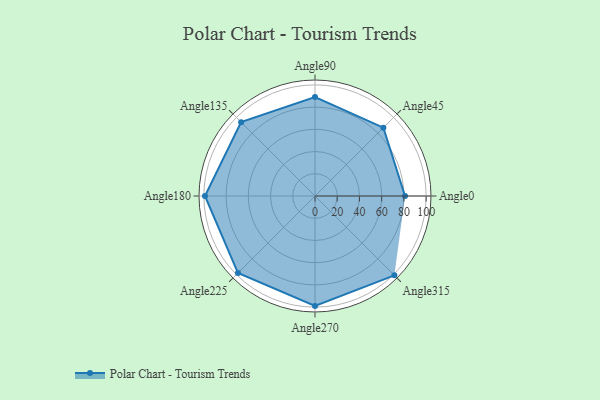
{"axis": {"x": "Angle", "y": "Radius"}, "legend": [""], "data": [{"x": "Angle0", "y": 81.0, "type": ""}, {"x": "Angle45", "y": 87.0, "type": ""}, {"x": "Angle90", "y": 89.0, "type": ""}, {"x": "Angle135", "y": 94.0, "type": ""}, {"x": "Angle180", "y": 99.0, "type": ""}, {"x": "Angle225", "y": 98.0, "type": ""}, {"x": "Angle270", "y": 99.0, "type": ""}, {"x": "Angle315", "y": 101.0, "type": ""}]}